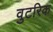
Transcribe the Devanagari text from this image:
वुटरिक